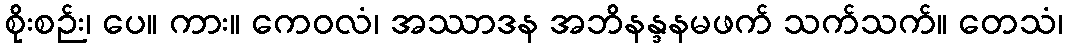
စိုးစဉ်း၊ ပေ။ ကား။ ကေဝလံ၊ အဿာဒန အဘိနန္ဒနမဖက် သက်သက်။ တေသံ၊